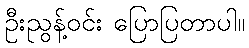
ဦးညွန့်ဝင်း ပြောပြတာပါ။